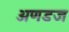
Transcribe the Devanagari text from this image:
अणडज